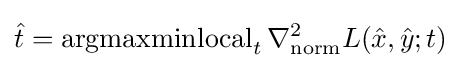
{\hat {t}}=\operatorname {argmaxminlocal} _{t}\nabla _{\mathrm {norm} }^{2}L({\hat {x}},{\hat {y}};t)